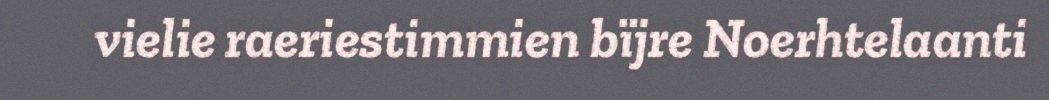
vielie raeriestimmien bïjre Noerhtelaanti